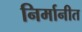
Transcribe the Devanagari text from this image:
निर्मानीत